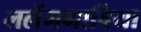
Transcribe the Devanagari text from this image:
ललेंगमाविया